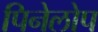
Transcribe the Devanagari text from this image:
पिनेलोप